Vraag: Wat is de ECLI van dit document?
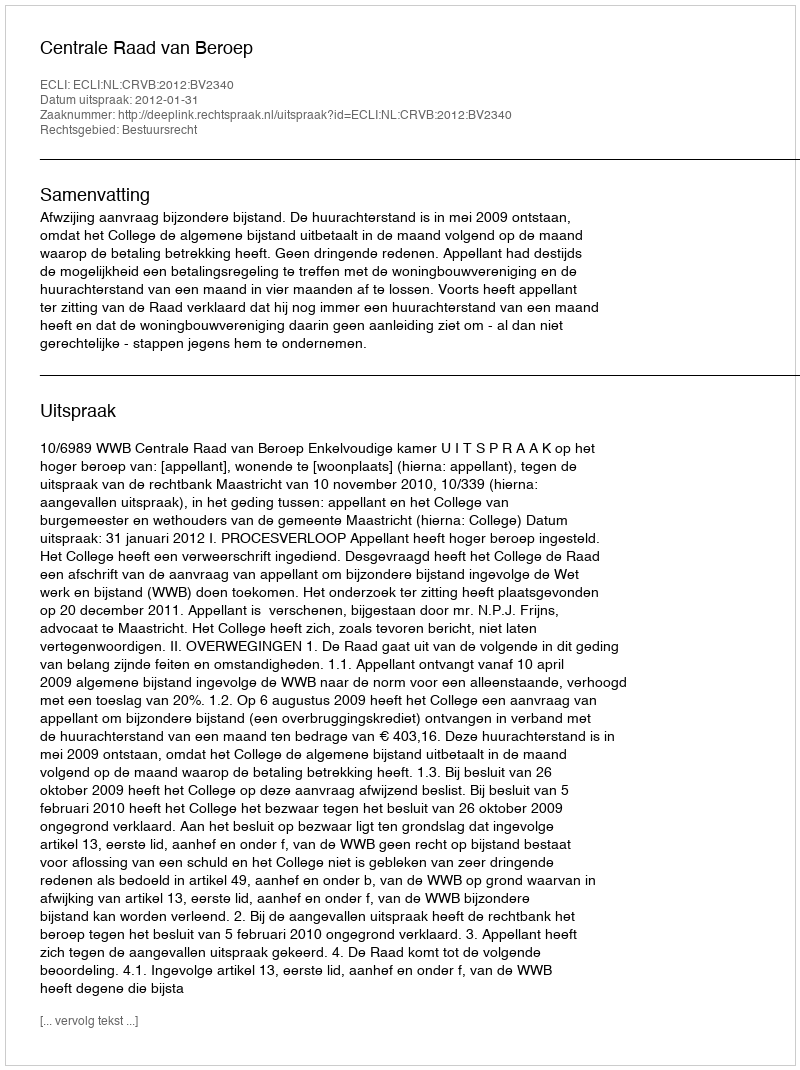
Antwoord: ECLI:NL:CRVB:2012:BV2340